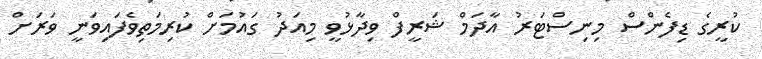
ކުރީގެ ޑިފެންސް މިނިސްޓަރު އާދަމް ޝަރީފް ވިދާޅުވީ މިއަދު ގައުމަށް ކުރިމަތިވެފައިވަނީ ވަރަށް